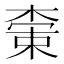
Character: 𬃭